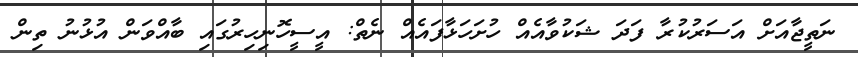
ނަތީޖާއަށް އަސަރުކުރާ ފަދަ ޝަކުވާއެއް ހުށަހަޅާފައެއް ނެތް: އީސީހޮނިހިރުގައި ބާއްވަން އުޅުނު ތިން